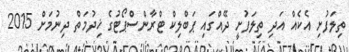
ތިލަފުށި އެކެއް އަދި ތިލަފުށީ ދޭއްގައި ޕަބްލިކް ޓްރާންސްޕޯޓުގެ ޚިދުމަތް ދިނުމަށް 2015